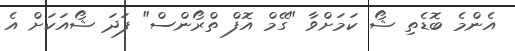
އެންމެ ބޮޑެތި ޝޯ ކަމަށްވާ "ގޭމް އޮފް ތްރޯންސް" ފަދަ ޝޯއަަކަށް އެ